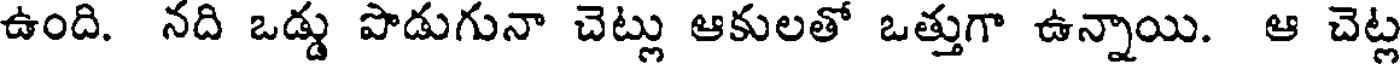
ఉంది. నది ఒడ్డు పొడుగునా చెట్లు ఆకులతో ఒత్తుగా ఉన్నాయి. ఆ చెట్ల